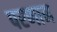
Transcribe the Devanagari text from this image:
परणाम